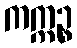
ကက္ကဉ္စ